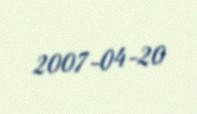
2007-04-20